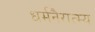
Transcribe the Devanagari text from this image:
धर्मनैरात्म्य